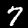
Label: 7